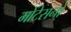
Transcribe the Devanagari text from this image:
मोंटेसनो